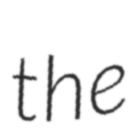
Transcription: the